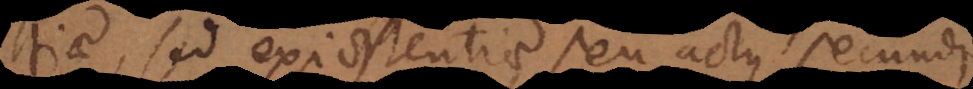
essentiae sed existentiae seu actus secundi,